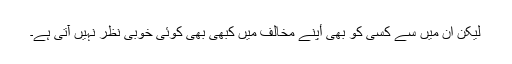
لیکن ان میں سے کسی کو بھی أپنے مخالف میں کبھی بھی کوئی خوبی نظر نہیں آتی ہے۔